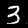
Label: 3